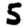
Digit: 5